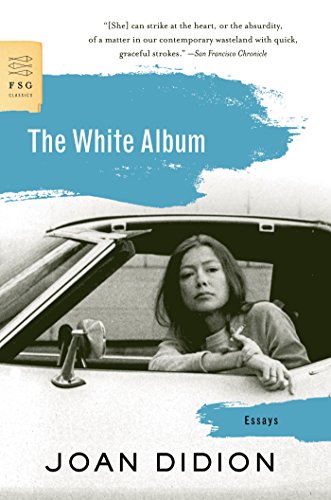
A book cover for The White Album: Essays (FSG Classics); Joan Didion; Literature & Fiction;